Mental hospitals Bombay report 1929-33 - 1929-1933
Year: 1929
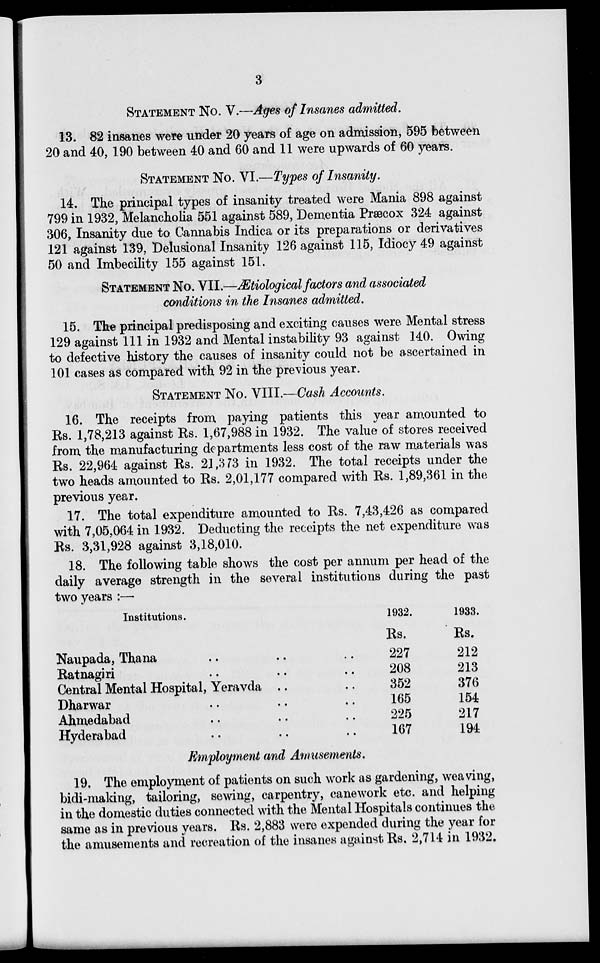
3
STATEMENT NO. V.—Ages of Insanes admitted.
13. 82 insanes were under 20 years of age on admission, 595 between
20 and 40, 190 between 40 and 60 and 11 were upwards of 60 years.
STATEMENT No. VI.—Types of Insanity.
14. The principal types of insanity treated were Mania 898 against
799 in 1932, Melancholia 551 against 589, Dementia Præcox 324 against
306, Insanity due to Cannabis Indica or its preparations or derivatives
121 against 139, Delusional Insanity 126 against 115, Idiocy 49 against
50 and Imbecility 155 against 151.
STATEMENT NO. VII.—Ætiological factors and associated
conditions in the Insanes admitted.
15. The principal predisposing and exciting causes were Mental stress
129 against 111 in 1932 and Mental instability 93 against 140. Owing
to defective history the causes of insanity could not be ascertained in
101 cases as compared with 92 in the previous year.
STATEMENT NO. VIII.—Cash Accounts.
16. The receipts from paying patients this year amounted to
Rs. 1,78,213 against Rs. 1,67,988 in 1932. The value of stores received
from the manufacturing departments less cost of the raw materials was
Rs. 22,964 against Rs. 21,373 in 1932. The total receipts under the
two heads amounted to Rs. 2,01,177 compared with Rs. 1,89,361 in the
previous year.
17. The total expenditure amounted to Rs. 7,43,426 as compared
with 7,05,064 in 1932. Deducting the receipts the net expenditure was
Rs. 3,31,928 against 3,18,010.
18. The following table shows the cost per annum per head of the
daily average strength in the several institutions during the past
two years :—
Institutions.
Naupada, Thana .. .. ..
Ratnagiri .. .. ..
Central Mental Hospital, Yeravda .. ..
Dharwar .. .. ..
Ahmedabad .. .. ..
Hyderabad .. .. ..
1932.
Rs.
227
208
352
165
225
167
1933.
Rs.
212
213
376
154
217
194
Employment and Amusements.
19. The employment of patients on such work as gardening, weaving,
bidi-making, tailoring, sewing, carpentry, canework etc. and helping
in the domestic duties connected with the Mental Hospitals continues the
same as in previous years. Rs. 2,883 were expended during the year for
the amusements and recreation of the insanes against Rs, 2,714 in 1932.